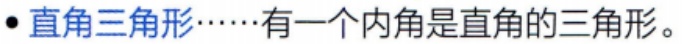
#NAME?